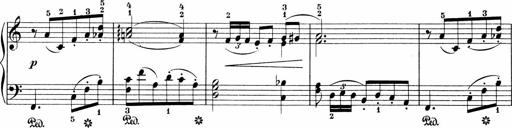
Title: Sonatinen Op.47, 98 und 136, nebst 6 Liedersonatinen
Composer: Carl Reinecke